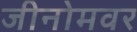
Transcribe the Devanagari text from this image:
जीनोमवर